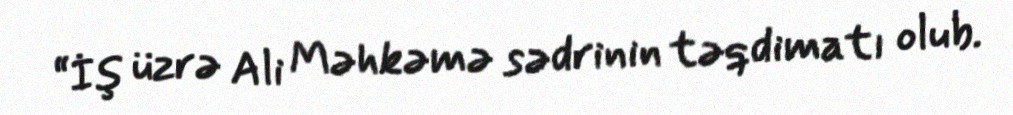
“İş üzrə Ali Məhkəmə sədrinin təqdimatı olub.